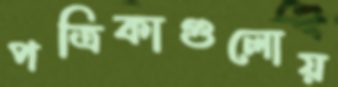
পত্রিকাগুলোয়